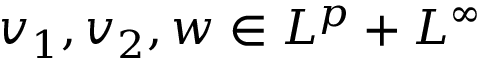
v _ { 1 } , v _ { 2 } , w \in L ^ { p } + L ^ { \infty }